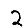
Digit: 2